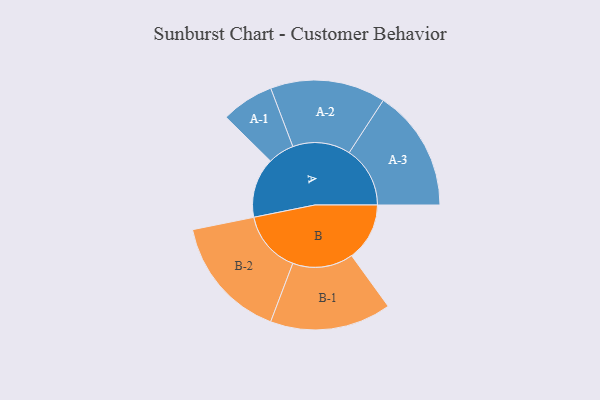
{"axis": {"x": "Segment", "y": "Value"}, "legend": ["", "A", "B"], "data": [{"x": "A", "y": 241, "type": ""}, {"x": "B", "y": 233, "type": ""}, {"x": "A-1", "y": 106, "type": "A"}, {"x": "A-2", "y": 232, "type": "A"}, {"x": "A-3", "y": 245, "type": "A"}, {"x": "B-1", "y": 244, "type": "B"}, {"x": "B-2", "y": 249, "type": "B"}]}